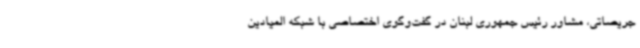
جریصاتی، مشاور رئیس جمهوری لبنان در گفت‌وگوی اختصاصی با شبکه المیادین